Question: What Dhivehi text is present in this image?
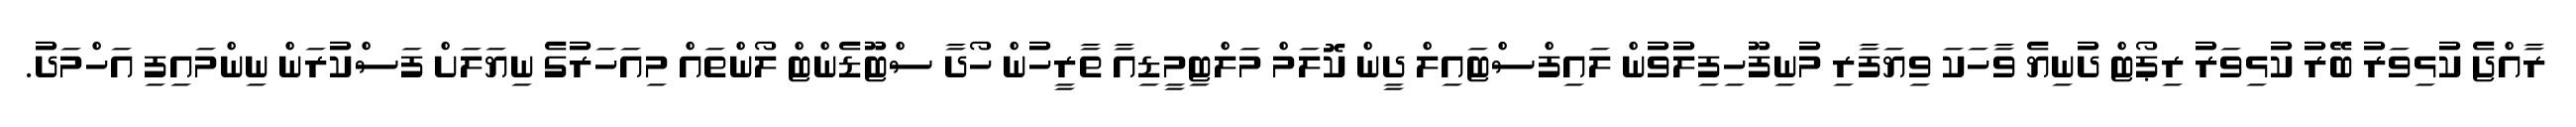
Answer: ރާއްޖެ ކުޅިވަރު ބޭރު ކުޅިވަރު ރިޕޯޓް ދުނިޔެ ވާހަކަ ވިޔަފާރި މުނިފޫހިފިލުވުން ލައިފްސްޓައިލް ދީން ކޮލަމް މަލްޓިމީޑިއާ ތާރީހުން ހޯދާ ސްޓޫޑެންޓް ލޯންތައް މިއަހަރުގެ ނިޔަލަށް ފަސްކުރަން ނިންމައިފި އަހްމަދު.